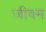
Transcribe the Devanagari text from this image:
जीवम